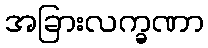
အခြားလက္ခဏာ